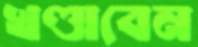
খণ্ডাবেন